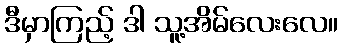
ဒီမှာကြည့် ဒါ သူ့အိမ်လေးလေ။